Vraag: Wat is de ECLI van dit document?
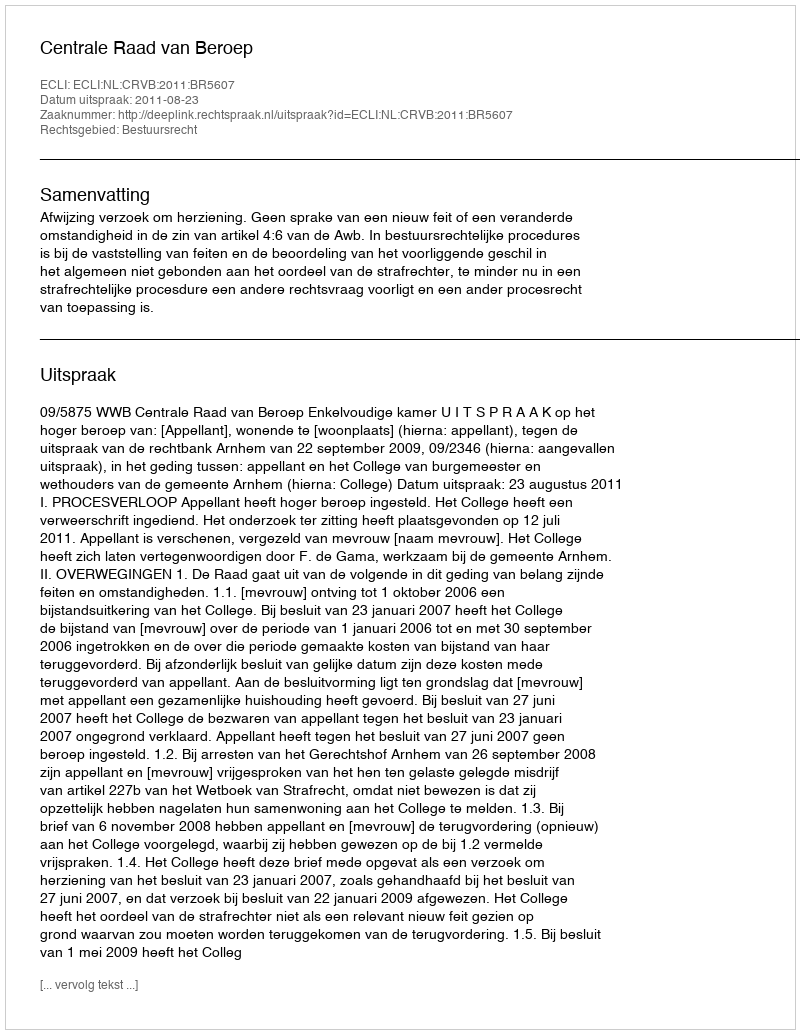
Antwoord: ECLI:NL:CRVB:2011:BR5607